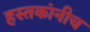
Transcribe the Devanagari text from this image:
हस्तकांनीच